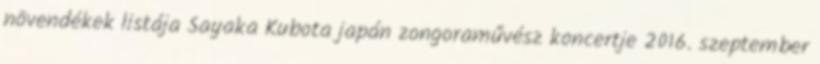
növendékek listája Sayaka Kubota japán zongoraművész koncertje 2016. szeptember